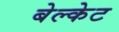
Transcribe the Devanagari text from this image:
बेल्केट